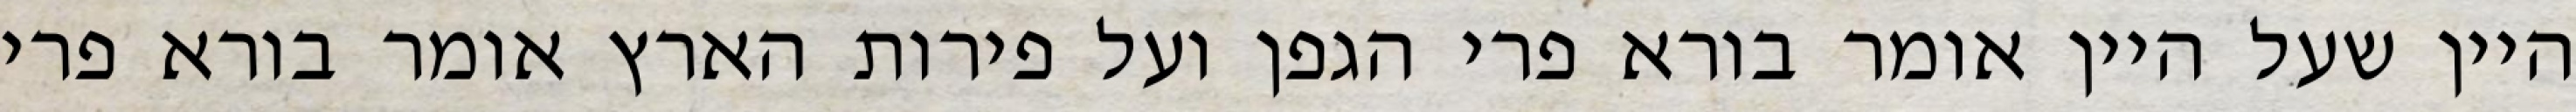
היין שעל היין אומר בורא פרי הגפן ועל פירות הארץ אומר בורא פרי